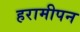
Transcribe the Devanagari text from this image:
हरामीपन